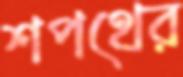
শপথের